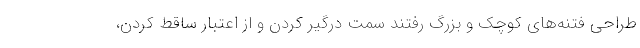
طراحی فتنه‌های کوچک و بزرگ رفتند سمت درگیر کردن و از اعتبار ساقط کردن،